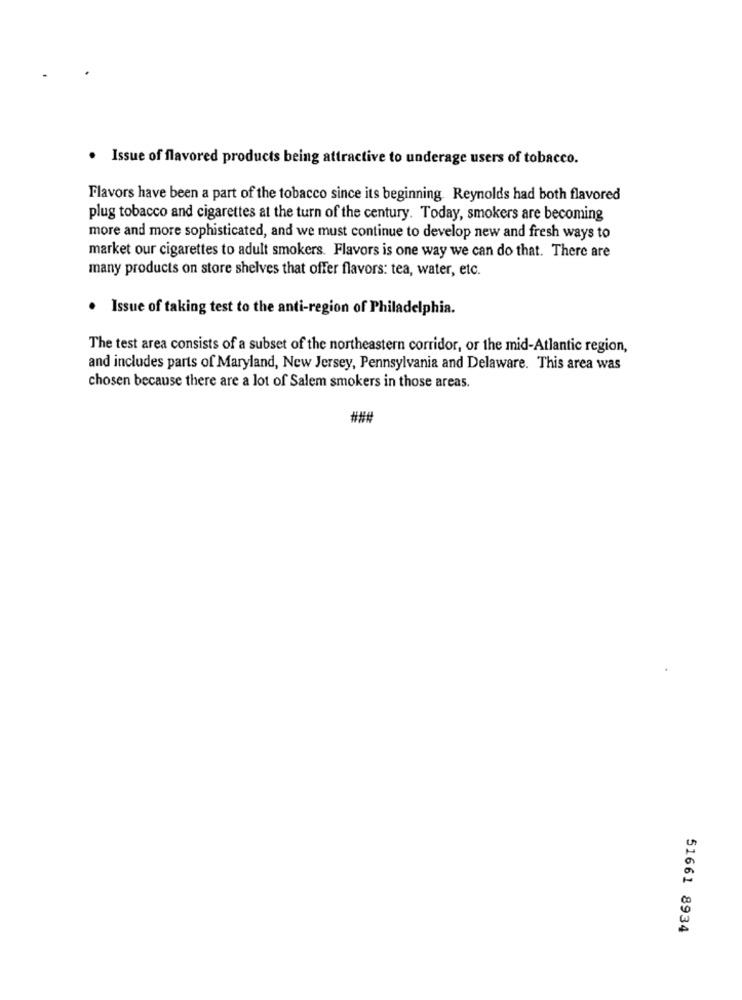
.
Issue of flavored products being attractive to underage users of tobacco.
Flavors have been a part of the tobacco since its beginning. Reynolds had both flavored
plug tobacco and cigarettes at the turn of the century. Today, smokers are becoming
more and more sophisticated, and we must continue to develop new and fresh ways to
market our cigarettes to adult smokers. Flavors is one way we can do that. There are
many products on store shelves that offer flavors: tea, water, etc.
. Issue of taking test to the anti-region of Philadelphia.
The test area consists of a subset of the northeastern corridor, or the mid-Atlantic region,
and includes parts of Maryland, New Jersey, Pennsylvania and Delaware. This area was
chosen because there are a lot of Salem smokers in those areas.
51661 8934